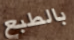
بالطبع